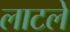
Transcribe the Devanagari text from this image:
लाटले